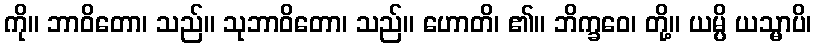
ကို။ ဘာဝိတော၊ သည်။ သုဘာဝိတော၊ သည်။ ဟောတိ၊ ၏။ ဘိက္ခဝေ၊ တို့။ ယမ္ပိ ယသ္မာပိ၊